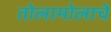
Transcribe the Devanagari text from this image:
तोलामोलाचे